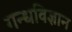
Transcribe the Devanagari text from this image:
गन्धविज्ञान